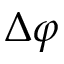
\Delta \varphi